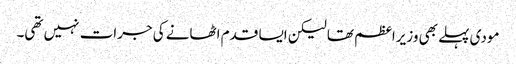
مودی پہلے بھی وزیراعظم تھا لیکن ایسا قدم اٹھانے کی جرات نہیں تھی۔